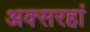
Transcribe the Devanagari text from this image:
अक्सरहां